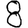
Digit: 8